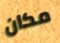
مكان